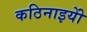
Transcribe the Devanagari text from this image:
कठिनाइयोें